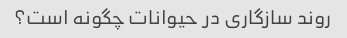
روند سازگاری در حیوانات چگونه است؟